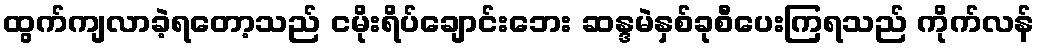
ထွက်ကျလာခဲ့ရတော့သည် ငမိုးရိပ်ချောင်းဘေး ဆန္ဒမဲနှစ်ခုစီပေးကြရသည် ကိုက်လန်